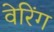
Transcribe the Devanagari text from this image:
वेरिंग